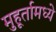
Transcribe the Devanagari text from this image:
मुहूर्तामध्ये